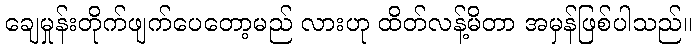
ချေမှုန်းတိုက်ဖျက်ပေတော့မည် လားဟု ထိတ်လန့်မိတာ အမှန်ဖြစ်ပါသည်။